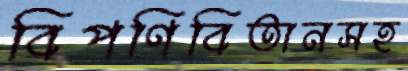
বিপণিবিতানসহ